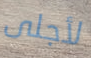
لأجلى